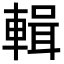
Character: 輯